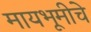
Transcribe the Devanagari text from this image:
मायभूमीचे